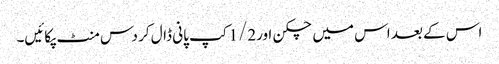
اس کے بعد اس میں چکن اور1/2کپ پانی ڈال کر دس منٹ پکائیں۔